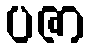
ပဇာ